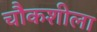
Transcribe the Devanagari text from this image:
चौकशीला